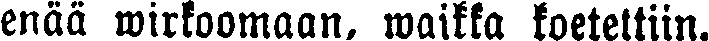
enää wirkoomaan, waikka koetettiin.